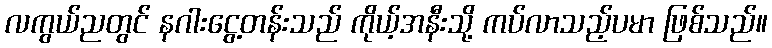
လကွယ်ညတွင် နဂါးငွေ့တန်းသည် ကိုယ့်အနီးသို့ ကပ်လာသည့်ပမာ ဖြစ်သည်။